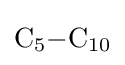
{\mathrm {C} {\vphantom {A}}_{\smash[{t}]{5}}{-}\mathrm {C} {\vphantom {A}}_{\smash[{t}]{10}}}